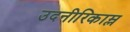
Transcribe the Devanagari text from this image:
उदनीरिकाम्ल